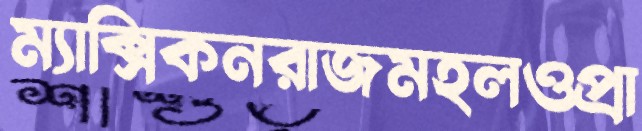
ম্যাক্সিকনরাজমহলওপ্রা